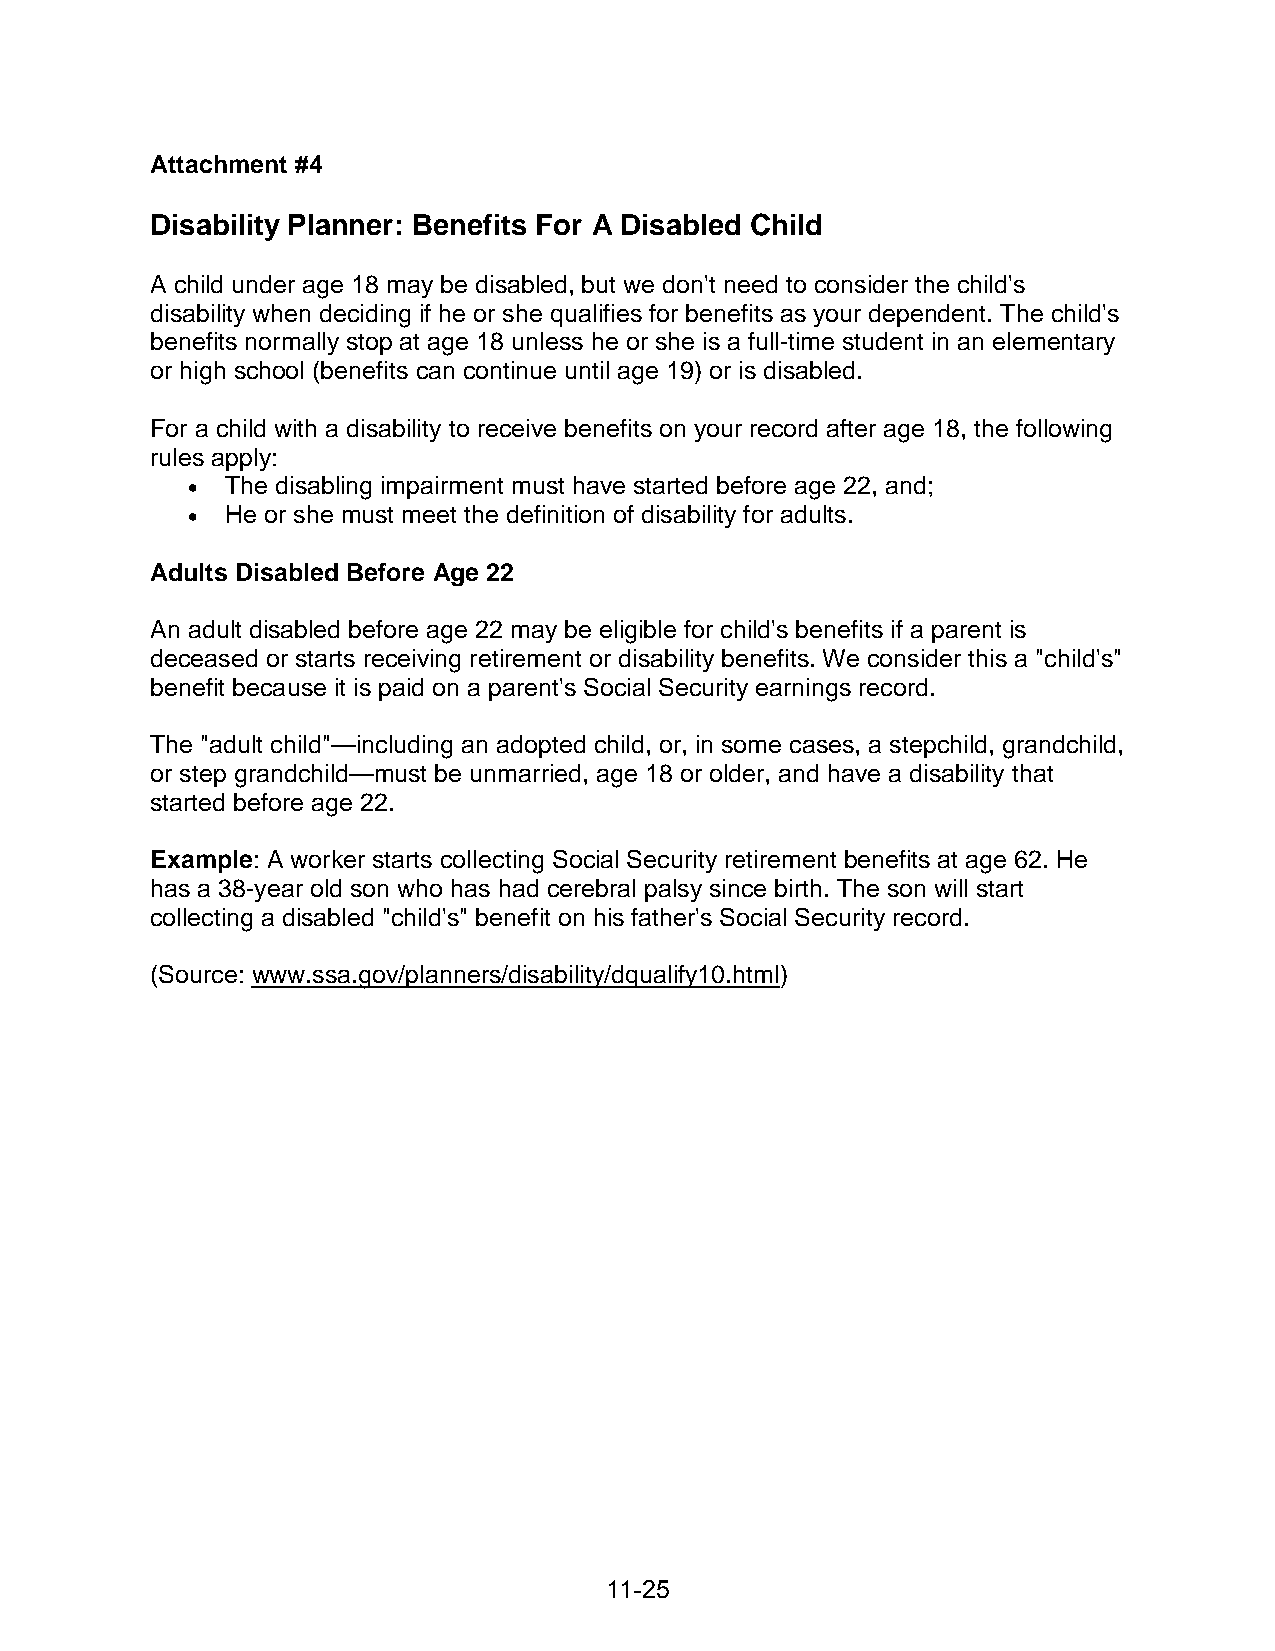
Attachment #4
 Disability Planner: Benefits For A Disabled Child
 A child under age 18 may be disabled, but we don't need to consider the child's
 disability when deciding if he or she qualifies for benefits as your dependent. The child's
 benefits normally stop at age 18 unless he or she is a full-time student in an elementary
 or high school (benefits can continue until age 19) or is disabled.
 For a child with a disability to receive benefits on your record after age 18, the following
 rules apply:
 •  The disabling impairment must have started before age 22, and;
 •  He or she must meet the definition of disability for adults.
 Adults Disabled Before Age 22
 An adult disabled before age 22 may be eligible for child's benefits if a parent is
 deceased or starts receiving retirement or disability benefits. We consider this a "child's"
 benefit because it is paid on a parent's Social Security earnings record.
 The "adult child"—including an adopted child, or, in some cases, a stepchild, grandchild,
 or step grandchild—must be unmarried, age 18 or older, and have a disability that
 started before age 22.
 Example: A worker starts collecting Social Security retirement benefits at age 62. He
 has a 38-year old son who has had cerebral palsy since birth. The son will start
 collecting a disabled "child's" benefit on his father's Social Security record.
 (Source: www.ssa.gov/planners/disability/dqualify10.html)
 11-25